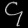
Digit: ၄